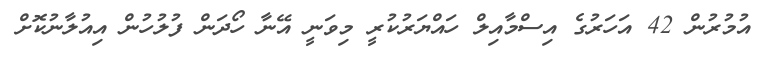
އުމުރުން 42 އަހަރުގެ އިސްމާއިލް ހައްޔަރުކުރީ މިވަނީ އޭނާ ހޯދަން ފުލުހުން އިއުލާނުކޮށް